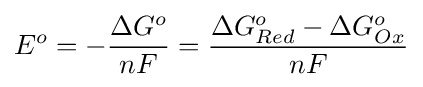
E^{o}=-{\frac {\Delta G^{o}}{nF}}={\frac {\Delta G_{Red}^{o}-\Delta G_{Ox}^{o}}{nF}}